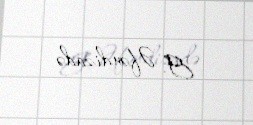
G. Əfəndizadə